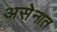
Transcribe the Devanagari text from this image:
असेनात